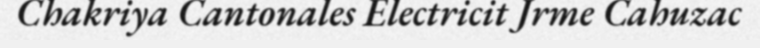
Chakriya Cantonales Electricit Jrme Cahuzac